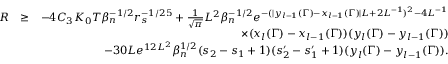
\begin{array} { r l r } { R } & { \geq } & { - 4 C _ { 3 } K _ { 0 } T \beta _ { n } ^ { - 1 \slash 2 } r _ { s } ^ { - 1 \slash 2 5 } + \frac { 1 } { \sqrt { \pi } } L ^ { 2 } \beta _ { n } ^ { - 1 \slash 2 } e ^ { - ( | y _ { l - 1 } ( \Gamma ) - x _ { l - 1 } ( \Gamma ) | L + 2 L ^ { - 1 } ) ^ { 2 } - 4 L ^ { - 1 } } } \\ & { } & { \quad \quad \quad \quad \quad \quad \quad \quad \quad \quad \times ( x _ { l } ( \Gamma ) - x _ { l - 1 } ( \Gamma ) ) ( y _ { l } ( \Gamma ) - y _ { l - 1 } ( \Gamma ) ) } \\ & { } & { - 3 0 L e ^ { 1 2 L ^ { 2 } } \beta _ { n } ^ { 1 \slash 2 } ( s _ { 2 } - s _ { 1 } + 1 ) ( s _ { 2 } ^ { \prime } - s _ { 1 } ^ { \prime } + 1 ) ( y _ { l } ( \Gamma ) - y _ { l - 1 } ( \Gamma ) ) . } \end{array}